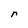
Character: r